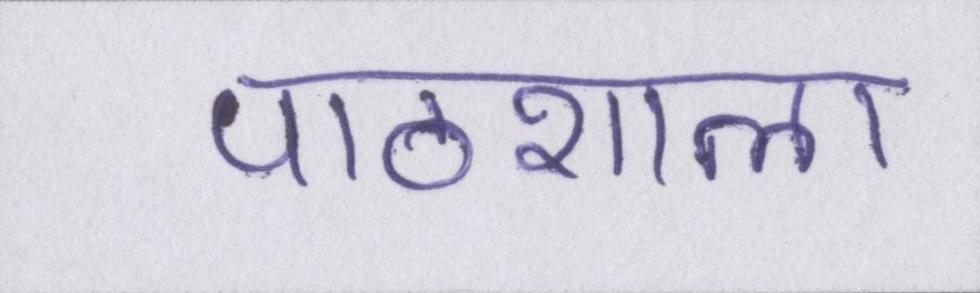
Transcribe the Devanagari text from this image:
पाठशाला